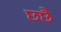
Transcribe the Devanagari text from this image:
छछै